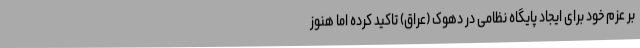
بر عزم خود برای ایجاد پایگاه نظامی در دهوک (عراق) تاکید کرده اما هنوز